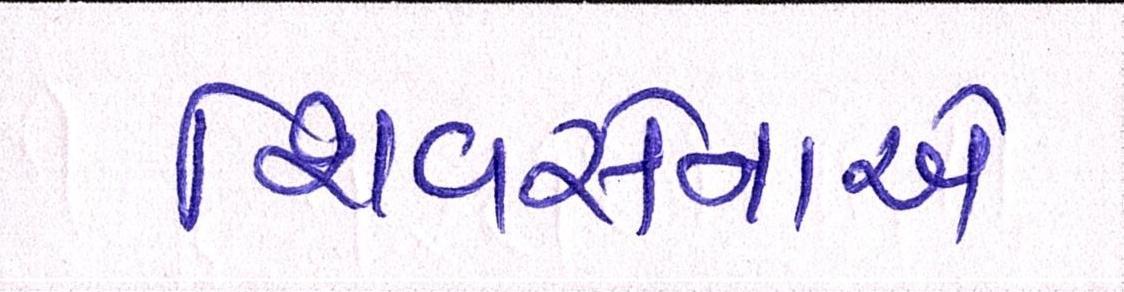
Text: શિવસેનાએ